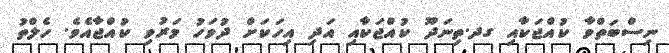
ނިސްބަތްވާ ކުއްޖަކާއި ގދ.ތިނަދޫ ކުއްޖަކާއި އަދި އިހަކަށް ދުވަހު މަރުވި ކުއްޖާއެވެ. ހެލްތު